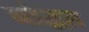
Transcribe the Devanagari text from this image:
चोद्धत